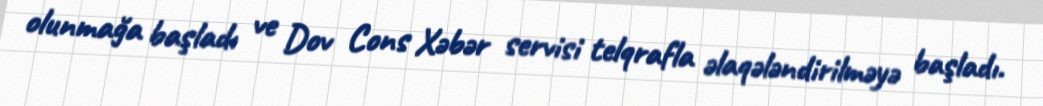
olunmağa başladı ve Dov Cons Xəbər servisi telqrafla əlaqələndirilməyə başladı.